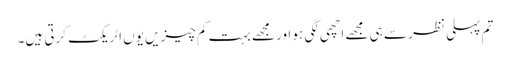
تم پہلی نظر سے ہی مجھے اچھی لگی ہو اور مجھے بہت کم چیزیں یوں اٹریکٹ کرتی ہیں۔